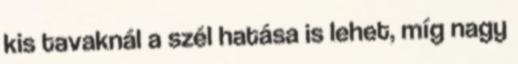
kis tavaknál a szél hatása is lehet, míg nagy